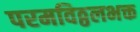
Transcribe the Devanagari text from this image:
परमविठ्ठलभक्त